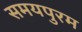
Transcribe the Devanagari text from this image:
समयपुरम